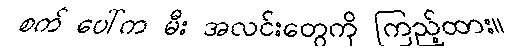
စက် ပေါ်က မီး အလင်းတွေကို ကြည့်ထား။